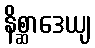
နိစ္ဆာဒေယျ